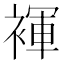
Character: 褌